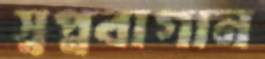
স্বপ্নবাগান